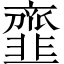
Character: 韲